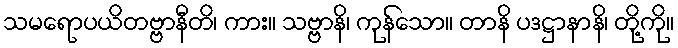
သမရောပယိတဗ္ဗာနီတိ၊ ကား။ သဗ္ဗာနိ၊ ကုန်သော။ တာနိ ပဒဋ္ဌာနာနိ၊ တို့ကို။